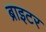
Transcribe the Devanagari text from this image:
ब्राइटर